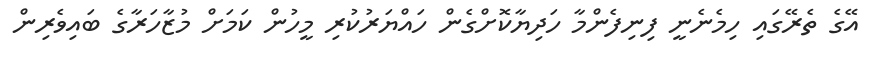
އޭގެ ތެރޭގައި ހިމެނެނީ ފިނިފެންމާ ހަދިޔާކޮށްގެން ހައްޔަރުކުރި މީހުން ކަމަށް މުޒާހަރާގެ ބައިވެރިިން